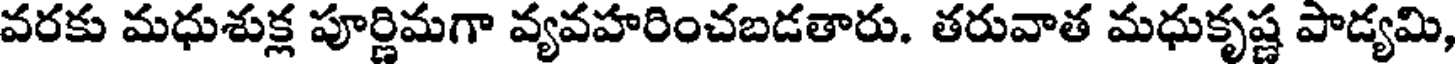
వరకు మధుశుక్ల పూర్ణిమగా వ్యవహరించబడతారు. తరువాత మధుకృష్ణ పాడ్యమి,